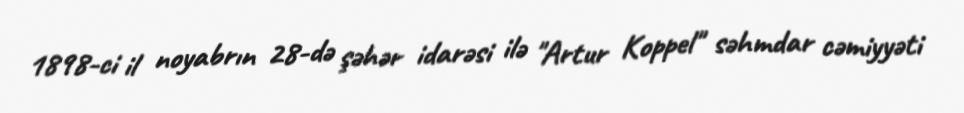
1898-ci il noyabrın 28-də şəhər idarəsi ilə "Artur Koppel" səhmdar cəmiyyəti